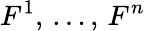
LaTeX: F^{1},\, \ldots,\, F^{n}